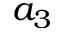
a _ { 3 }